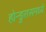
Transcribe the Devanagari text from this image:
होन्डुरासमध्ये